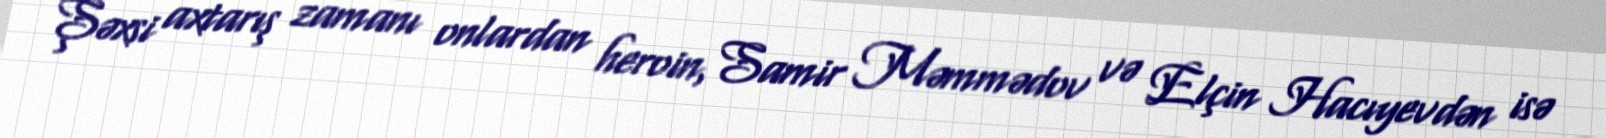
Şəxsi axtarış zamanı onlardan heroin, Samir Məmmədov və Elçin Hacıyevdən isə